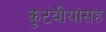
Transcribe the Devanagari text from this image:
कुटंबीयांसह